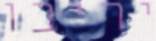
יריבו